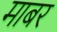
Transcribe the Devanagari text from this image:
माबर